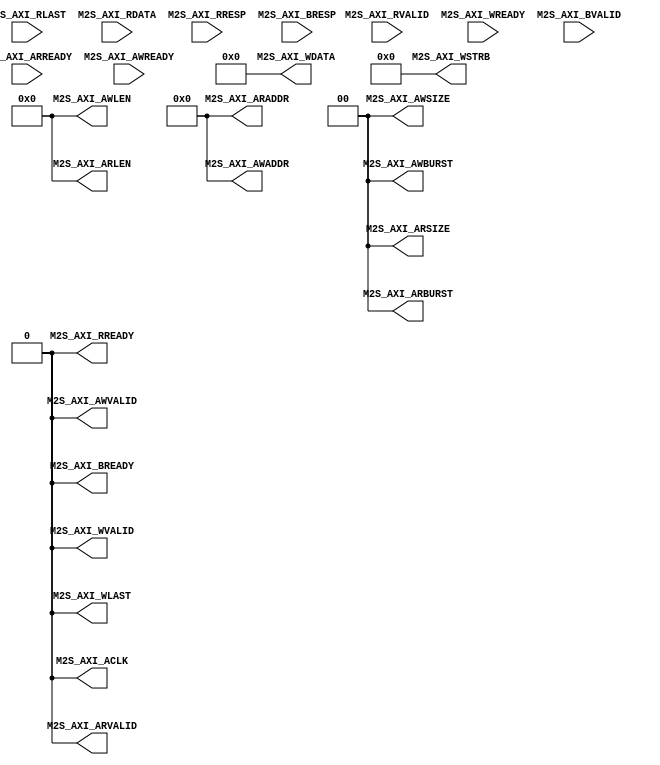
module axi_master_stub(
    output M2S_AXI_ACLK,

    //Read Transaction

    output M2S_AXI_ARVALID,
    input M2S_AXI_ARREADY,
    output [31:0] M2S_AXI_ARADDR,
    output [1:0] M2S_AXI_ARBURST,
    output [3:0] M2S_AXI_ARLEN,
    output [1:0] M2S_AXI_ARSIZE,
    //
    input M2S_AXI_RVALID,
    output M2S_AXI_RREADY,
    input M2S_AXI_RLAST,
    input [63:0] M2S_AXI_RDATA,
    //
    input [1:0] M2S_AXI_RRESP,

    // Write Transaction
    output M2S_AXI_AWVALID,
    input M2S_AXI_AWREADY,
    output [31:0] M2S_AXI_AWADDR,
    output [1:0] M2S_AXI_AWBURST,
    output [3:0] M2S_AXI_AWLEN,
    output [1:0] M2S_AXI_AWSIZE,
    //
    output M2S_AXI_WVALID,
    input M2S_AXI_WREADY,
    output M2S_AXI_WLAST,
    output [63:0] M2S_AXI_WDATA,
    output [7:0] M2S_AXI_WSTRB,
    //
    input M2S_AXI_BVALID,
    output M2S_AXI_BREADY,
    input [1:0] M2S_AXI_BRESP

);
    assign M2S_AXI_ACLK = 1'b0;

    //Read Transaction

    assign M2S_AXI_ARVALID = 1'b0;
    assign M2S_AXI_ARADDR = 32'b0;
    assign M2S_AXI_ARBURST = 2'b0;
    assign M2S_AXI_ARLEN = 4'b0;
    assign M2S_AXI_ARSIZE = 2'b0;
    assign M2S_AXI_RREADY = 1'b0;

    // Write Transaction
    assign M2S_AXI_AWVALID = 1'b0;
    assign M2S_AXI_AWADDR = 32'b0;
    assign M2S_AXI_AWBURST = 2'b0;
    assign M2S_AXI_AWLEN = 4'b0;
    assign M2S_AXI_AWSIZE = 2'b0;
    assign M2S_AXI_WVALID = 1'b0;
    assign M2S_AXI_WLAST = 1'b0;
    assign M2S_AXI_WDATA = 64'b0;
    assign M2S_AXI_WSTRB = 8'b0;
    assign M2S_AXI_BREADY = 1'b0;


endmodule